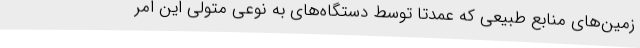
زمین‌های منابع طبیعی که عمدتا توسط دستگاه‌های به نوعی متولی این امر